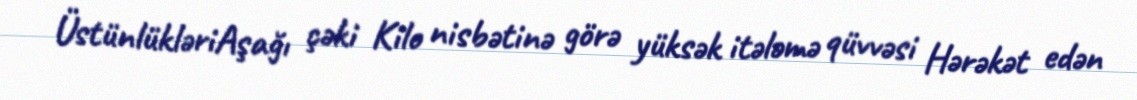
ÜstünlükləriAşağı çəki Kilo nisbətinə görə yüksək itələmə qüvvəsi Hərəkət edən